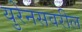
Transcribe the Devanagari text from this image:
युरेनसवरील